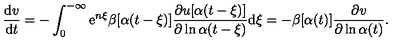
\frac { \mathrm { d } v } { \mathrm { d } t } = - \int _ { 0 } ^ { - \infty } \mathrm { e } ^ { n \xi } \beta [ \alpha ( t - \xi ) ] \frac { \partial u [ \alpha ( t - \xi ) ] } { \partial \ln \alpha ( t - \xi ) } \mathrm { d } \xi = - \beta [ \alpha ( t ) ] \frac { \partial v } { \partial \ln \alpha ( t ) } .